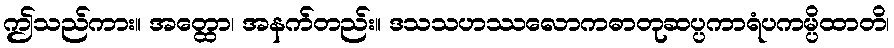
ဤသည်ကား။ အတ္ထော၊ အနက်တည်း။ ဒသသဟဿလောကဓာတုဆပ္ပကာရံပကမ္ပိထာတိ၊